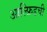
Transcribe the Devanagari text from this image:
आल्फ्रिडची